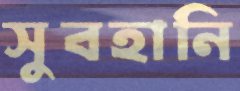
সুবহানি